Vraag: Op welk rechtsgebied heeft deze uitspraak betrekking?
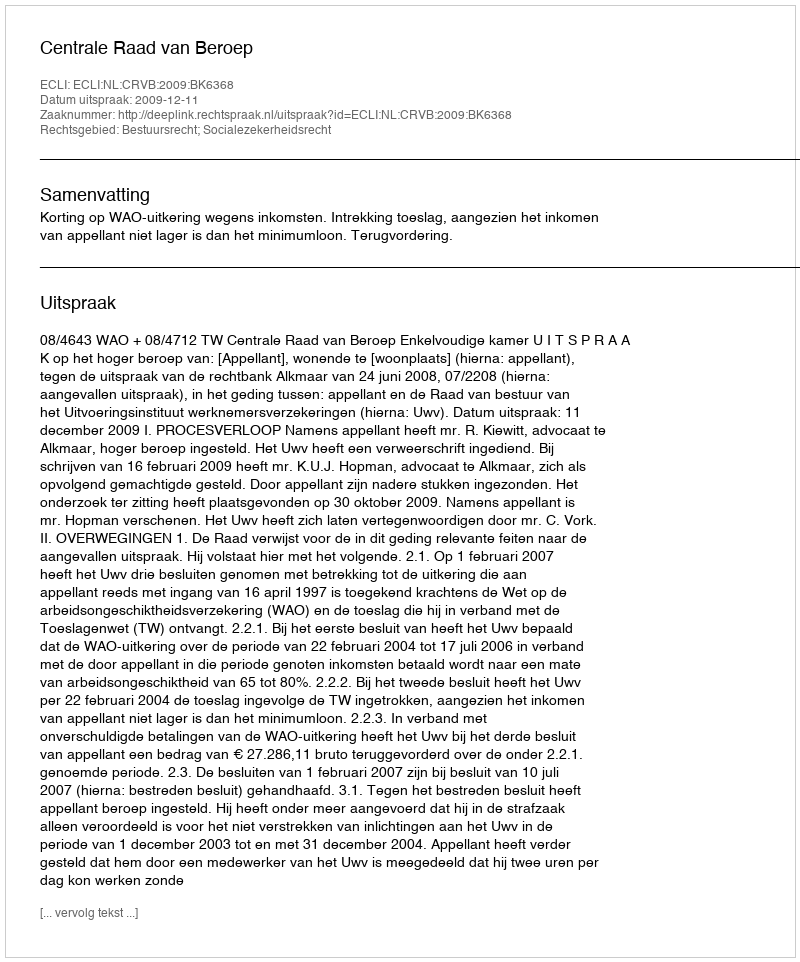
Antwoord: Bestuursrecht; Socialezekerheidsrecht